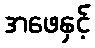
အဖေနှင့်